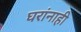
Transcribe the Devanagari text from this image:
घरांनाही